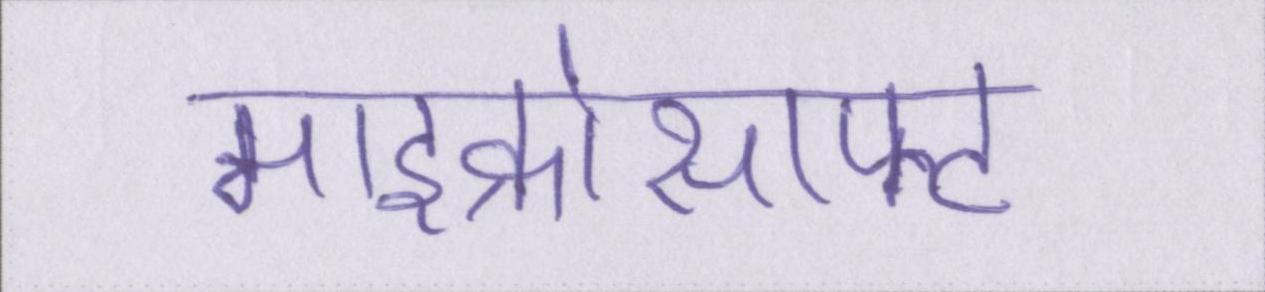
माइक्रोसाफ्ट